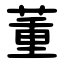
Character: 董